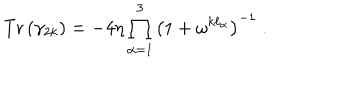
\mathrm { T r } \left( \gamma _ { 2 k } \right) = - 4 \eta \prod _ { \alpha = 1 } ^ { 3 } \left( 1 + \omega ^ { k \ell _ { \alpha } } \right) ^ { - 1 } ~ .